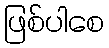
ဖြစ်ပါစေ